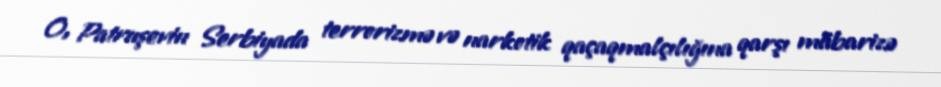
O, Patruşevin Serbiyada terrorizmə və narkotik qaçaqmalçılığına qarşı mübarizə